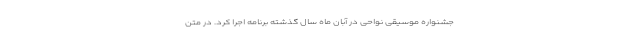
جشنواره موسیقی نواحی در آبان ماه سال گذشته برنامه اجرا کرد. در متن